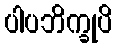
ပါပဘိက္ခုပိ